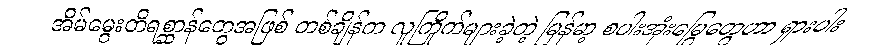
အိမ်မွေးတိရစ္ဆာန်တွေအဖြစ် တစ်ချိန်က လူကြိုက်များခဲ့တဲ့ မြန်မာ့ စပါးအုံးမြွေတွေဟာ ရှားပါး